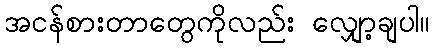
အငန်စားတာတွေကိုလည်း လျှော့ချပါ။